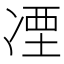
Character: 凐